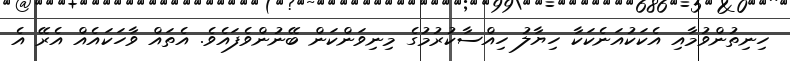
ހިނިތުންވުމާއި އެކަކުއަނެކަކާ ހިޔާލު ހިއްސާކުރުމުގެ މިނިވަންކަން ބޭނުންވެފައެވެ. އެތައް ވާހަކައެއް އެރޭ އެ